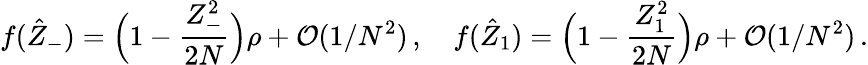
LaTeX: f(\hat{Z}_{-})=\Bigl(1-{\frac{Z_{-}^{2}}{2N}}\Bigr)\rho+{\cal O}(1/N^{2})\, ,\quad f(\hat{Z}_{1})=\Bigl(1-{\frac{Z_{1}^{2}}{2N}}\Bigr)\rho+{\cal O}(1/N^{2})\, .